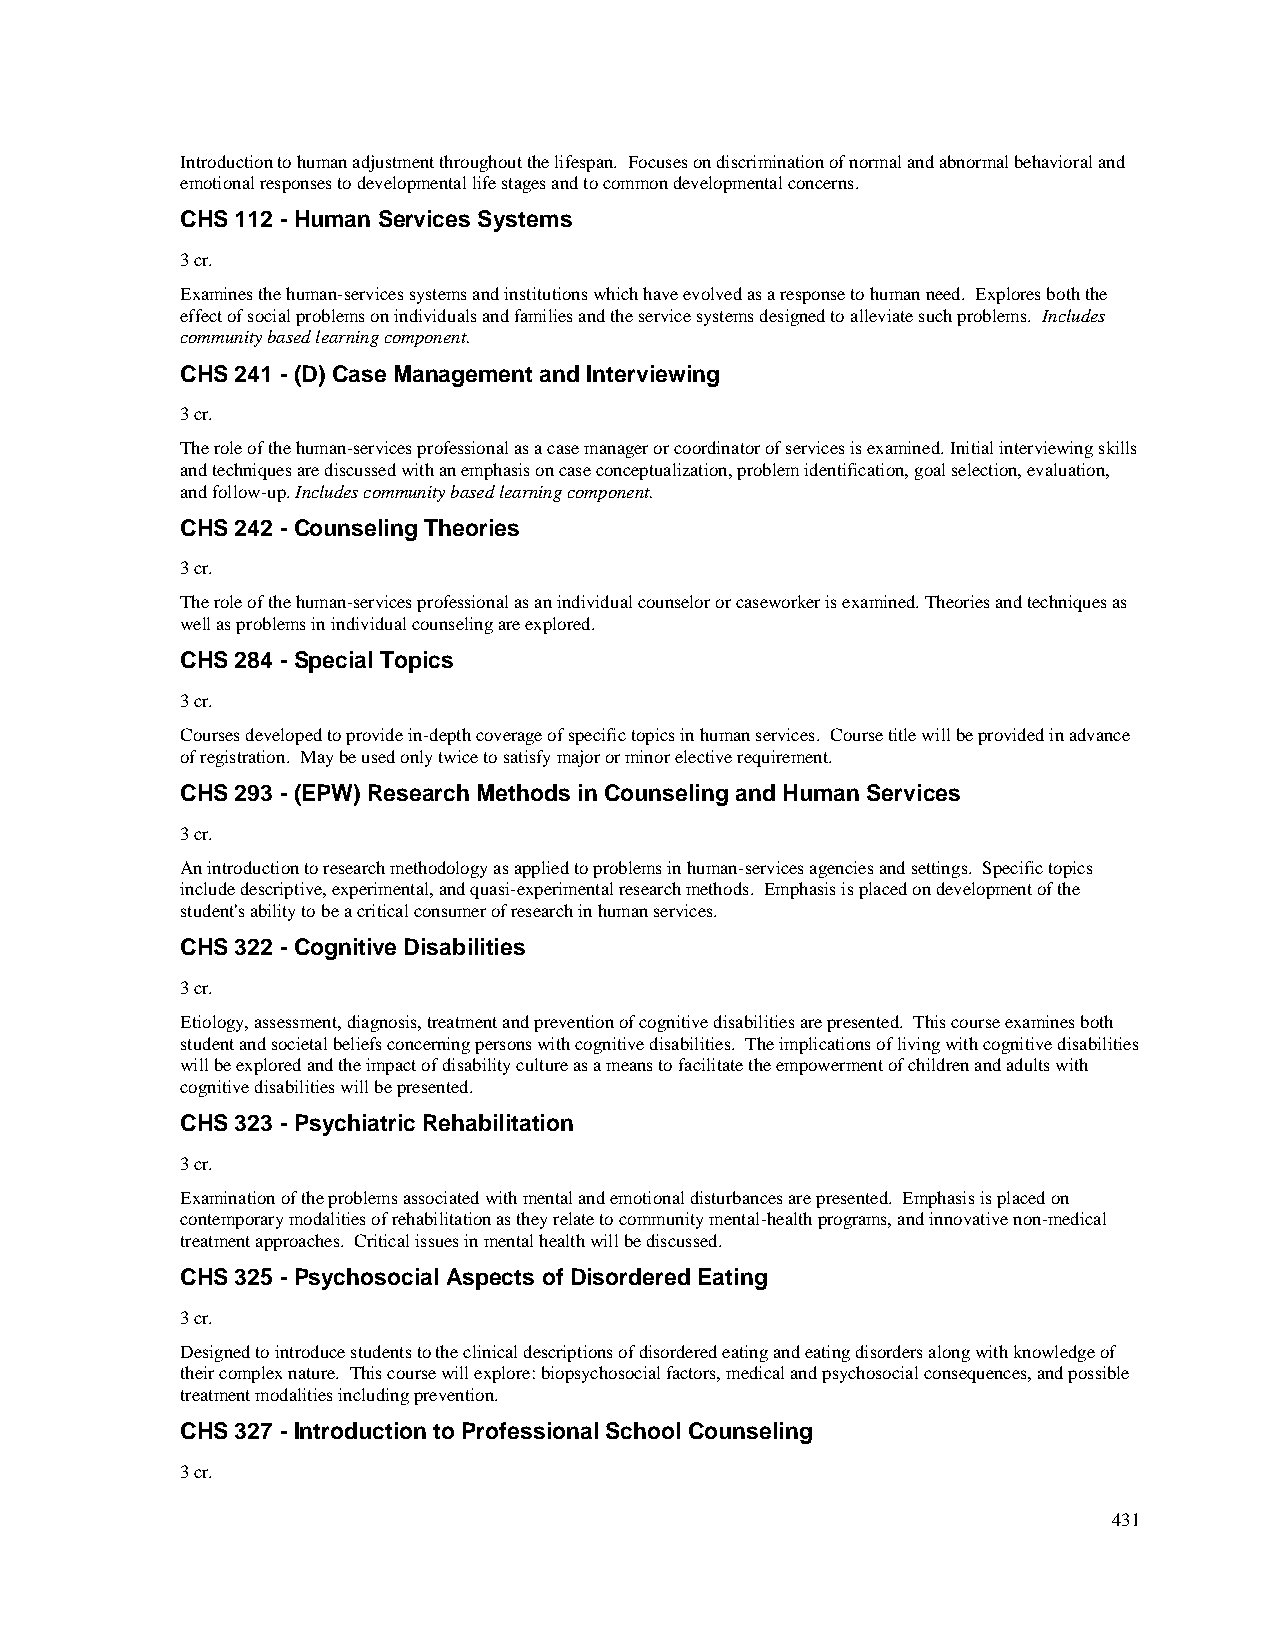
Introduction to human adjustment throughout the lifespan. Focuses on discrimination of normal and abnormal behavioral and
 emotional responses to developmental life stages and to common developmental concerns.
 CHS 112 - Human Services Systems
 3 cr.
 Examines the human-services systems and institutions which have evolved as a response to human need. Explores both the
 effect of social problems on individuals and families and the service systems designed to alleviate such problems. Includes
 community based learning component.
 CHS 241 - (D) Case Management and Interviewing
 3 cr.
 The role of the human-services professional as a case manager or coordinator of services is examined. Initial interviewing skills
 and techniques are discussed with an emphasis on case conceptualization, problem identification, goal selection, evaluation,
 and follow-up. Includes community based learning component.
 CHS 242 - Counseling Theories
 3 cr.
 The role of the human-services professional as an individual counselor or caseworker is examined. Theories and techniques as
 well as problems in individual counseling are explored.
 CHS 284 - Special Topics
 3 cr.
 Courses developed to provide in-depth coverage of specific topics in human services. Course title will be provided in advance
 of registration. May be used only twice to satisfy major or minor elective requirement.
 CHS 293 - (EPW) Research Methods in Counseling and Human Services
 3 cr.
 An introduction to research methodology as applied to problems in human-services agencies and settings. Specific topics
 include descriptive, experimental, and quasi-experimental research methods. Emphasis is placed on development of the
 student's ability to be a critical consumer of research in human services.
 CHS 322 - Cognitive Disabilities
 3 cr.
 Etiology, assessment, diagnosis, treatment and prevention of cognitive disabilities are presented. This course examines both
 student and societal beliefs concerning persons with cognitive disabilities. The implications of living with cognitive disabilities
 will be explored and the impact of disability culture as a means to facilitate the empowerment of children and adults with
 cognitive disabilities will be presented.
 CHS 323 - Psychiatric Rehabilitation
 3 cr.
 Examination of the problems associated with mental and emotional disturbances are presented. Emphasis is placed on
 contemporary modalities of rehabilitation as they relate to community mental-health programs, and innovative non-medical
 treatment approaches. Critical issues in mental health will be discussed.
 CHS 325 - Psychosocial Aspects of Disordered Eating
 3 cr.
 Designed to introduce students to the clinical descriptions of disordered eating and eating disorders along with knowledge of
 their complex nature. This course will explore: biopsychosocial factors, medical and psychosocial consequences, and possible
 treatment modalities including prevention.
 CHS 327 - Introduction to Professional School Counseling
 3 cr.
 431